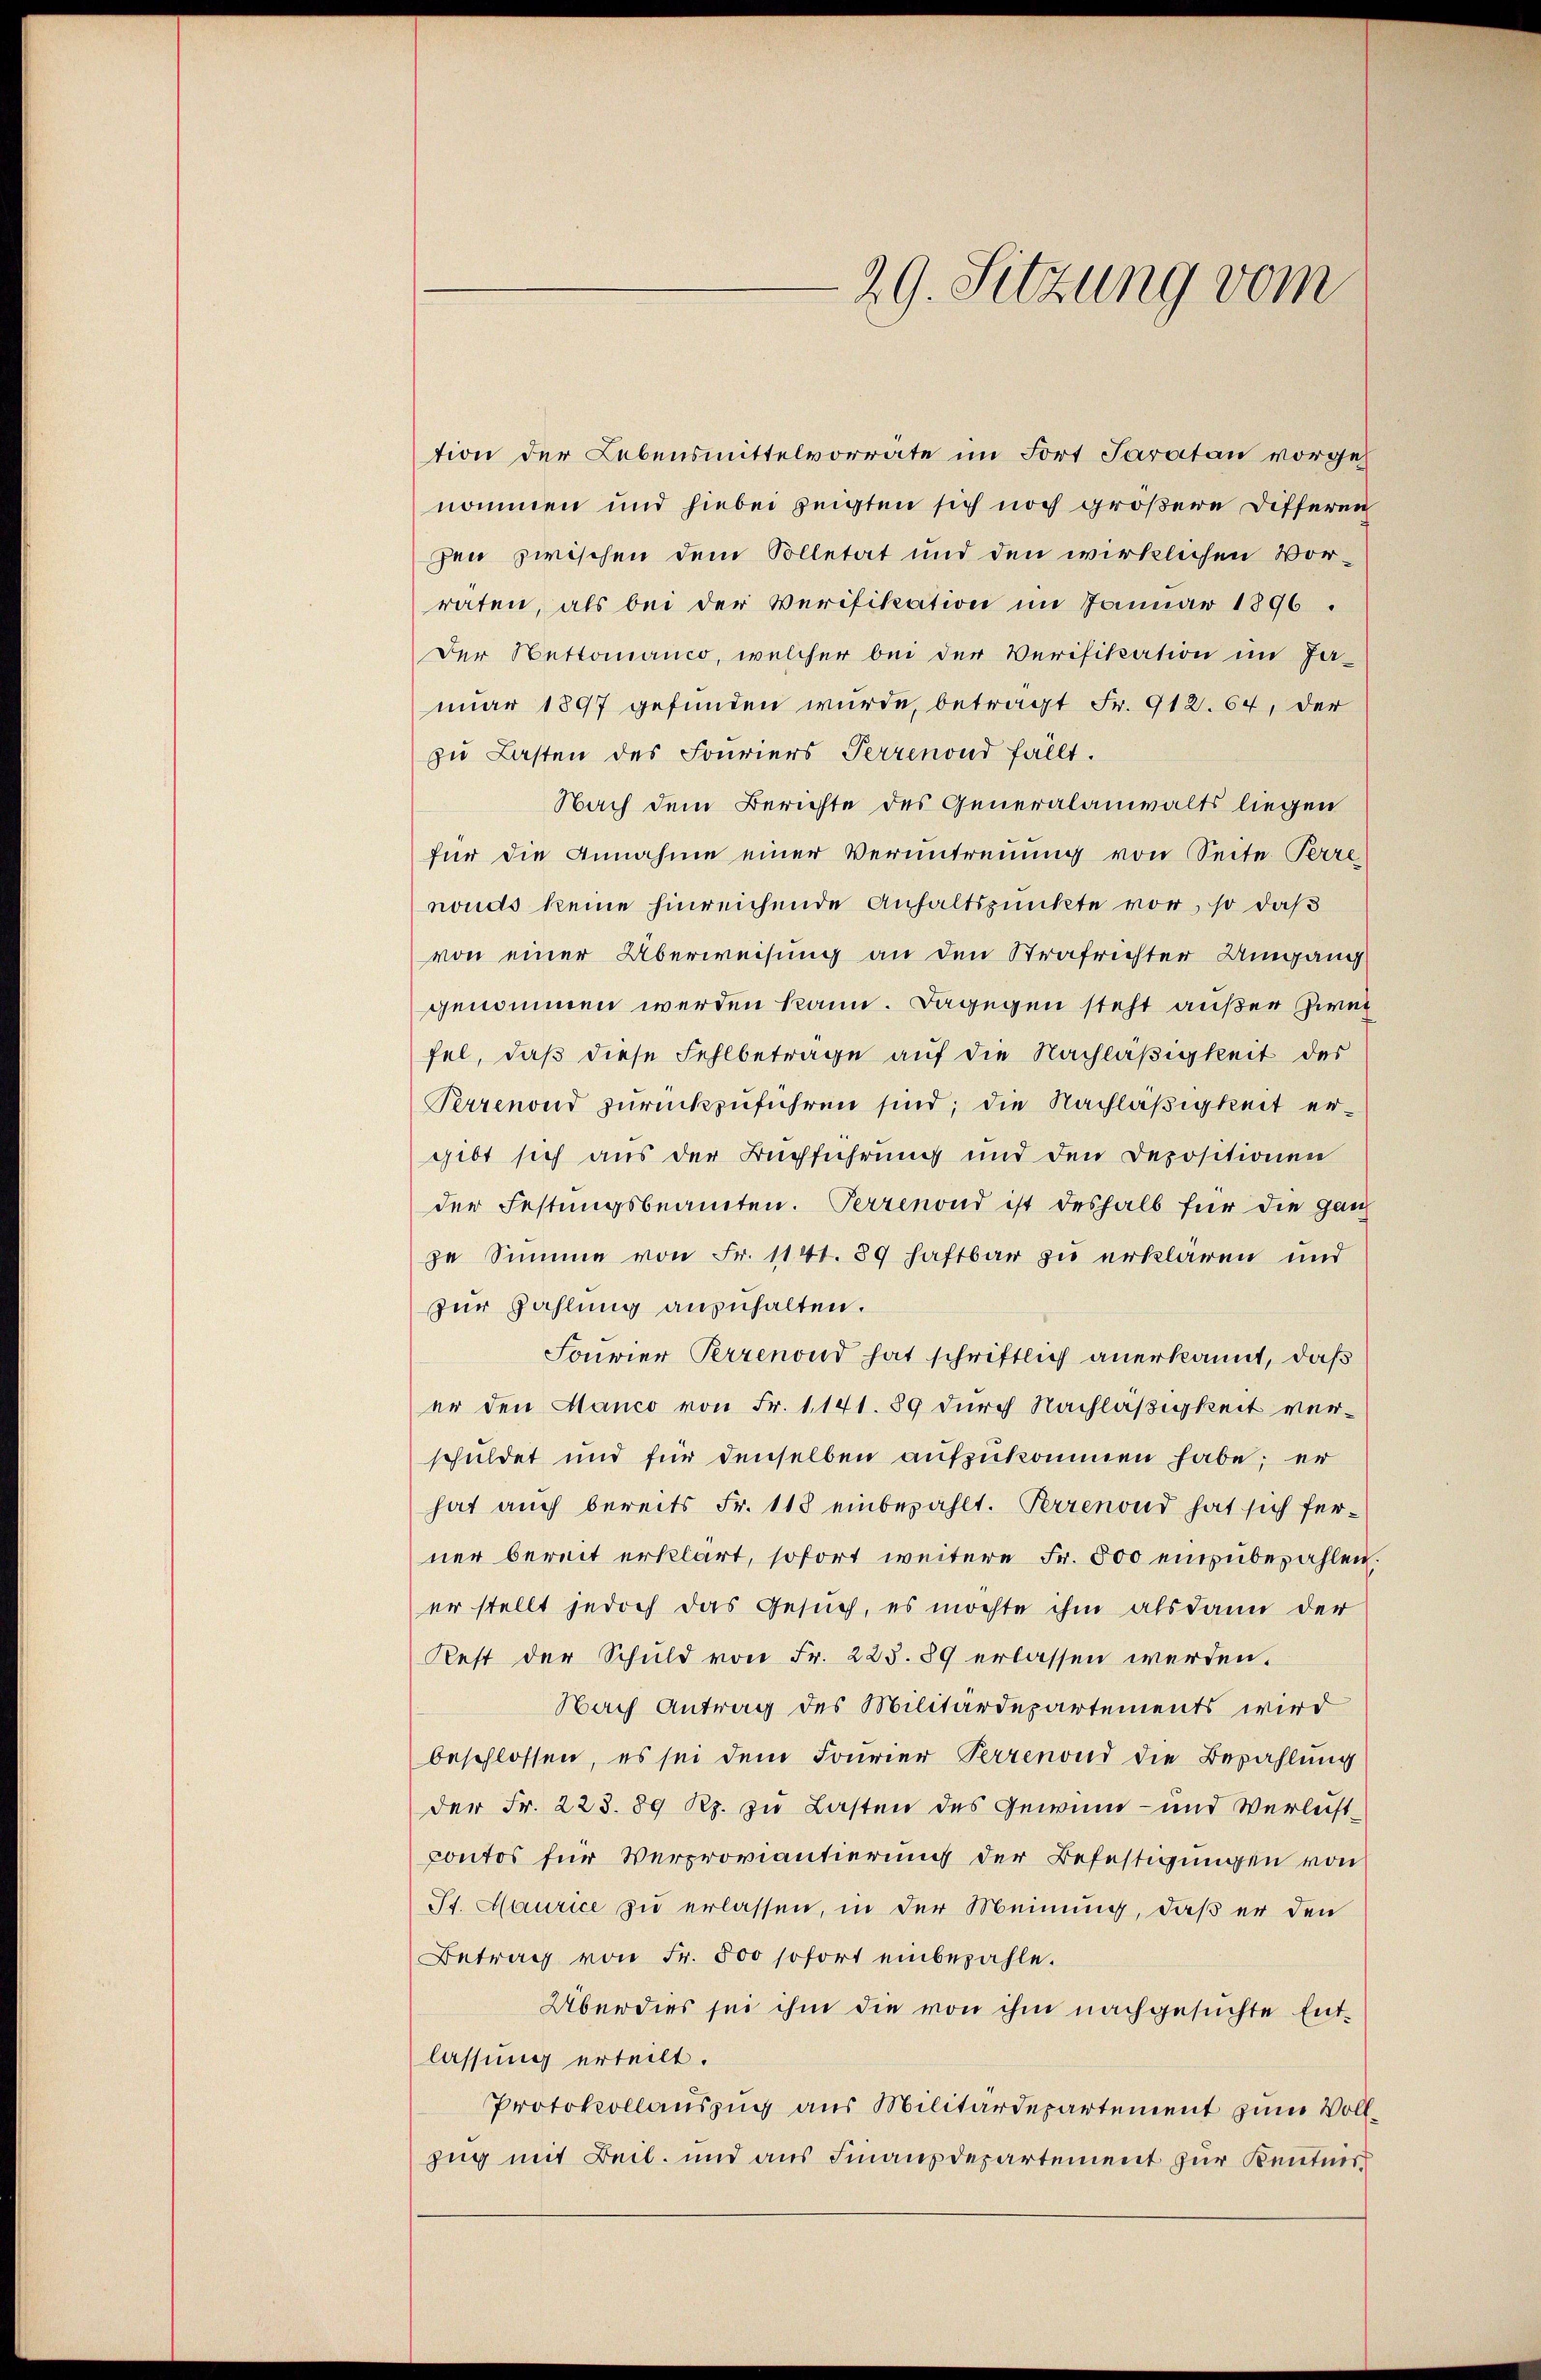
29. Sitzung vom

tion der Lebensmittelvorrate im Fort Saratan vorgeh
nommen und hiebei zeigten sich noch größere Differen
zen zwischen dem Solletät und den wirklichen Vor-
raten, als bei der Verifikation im Januar 1896.
Der Nettoanco, welcher bei der Verifikation im Ja-
nuar 1897 gefunden wurde, betragt Fr. 912. 64, der
zu Lasten des Fouriers Terrenond fällt.
Nach dem Berichte des Generalanwalts liegen
für die Annahme einer Veruntreuung von Seite Perre
nonds keine hinreichende Anhaltspunkte vor, so daß
von einer Überweisung an den Strafrichter Umgang
genommen werden kann. Dagegen steht außer Zwec
fel, daß diese Fehlbetrage auf die Nachläßigkeit des
Perrenond zurückzuführen sind; die Nachläßigkeit ergibt sich aus der Buchführung und den Depositionen
der Festungsbeamten. Perrenond ist deshalb für die ganz
ze Summe von Fr. 1141. 89 haftbar zu erklären und
zur Zahlung anzuhalten.
Fourier Perrenond hat schriftlich anerkannt, daß
er den Manco von Fr. 1141. 89 durch Nachläßigkeit verschuldet und für denselben aufzukommen habe; er
hat auch bereits Fr. 118 einbezahlt. Perrenond hat sich ferner bereit erklärt, sofort weitere Fr. 500 einzubezahlen.
er stellt jedoch das Gesuch, es möchte ihm alsdann der
Rest der Schuld von Fr. 225. 89 erlassen werden.
Nach Antrag des Militärdepartements wird
beschlossen, es sei dem Fourier Verrenond die Bezahlung
der Fr. 223. 89 Rp. zu Lasten des Gewinn- und Verleistpontos für Verproviantierung der Befestigungen von
St. Maurice zu erlassen, in der Meinung, daß er den
Betrag von Fr. 500 sofort einbezahle.
Überdies sei ihm die von ihm nachgesuchte Entlassung erteilt.
Protokollauszug aus Militärdepartement zum Vollzug mit Beil. und aus Finanzdepartement zur Kentnis¬